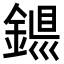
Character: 𨨴